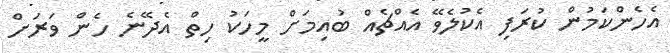
އެހެންކަމުން ކުރަފި އެކުލެވޭ އެއްޗެއް ބުއިމަށް މީހަކު ހިތް އެދޭނެ ހެން ވަރަށް